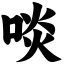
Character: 啖